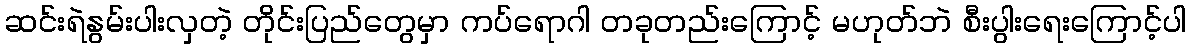
ဆင်းရဲနွမ်းပါးလှတဲ့ တိုင်းပြည်တွေမှာ ကပ်ရောဂါ တခုတည်းကြောင့် မဟုတ်ဘဲ စီးပွါးရေးကြောင့်ပါ